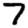
Digit: 7